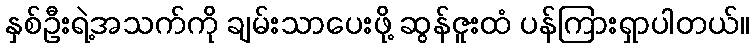
နှစ်ဦးရဲ့အသက်ကို ချမ်းသာပေးဖို့ ဆွန်ဇူးထံ ပန်ကြားရှာပါတယ်။